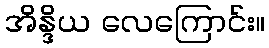
အိန္ဒိယ လေကြောင်း။